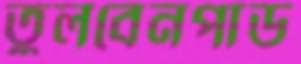
তুলবেনপাড